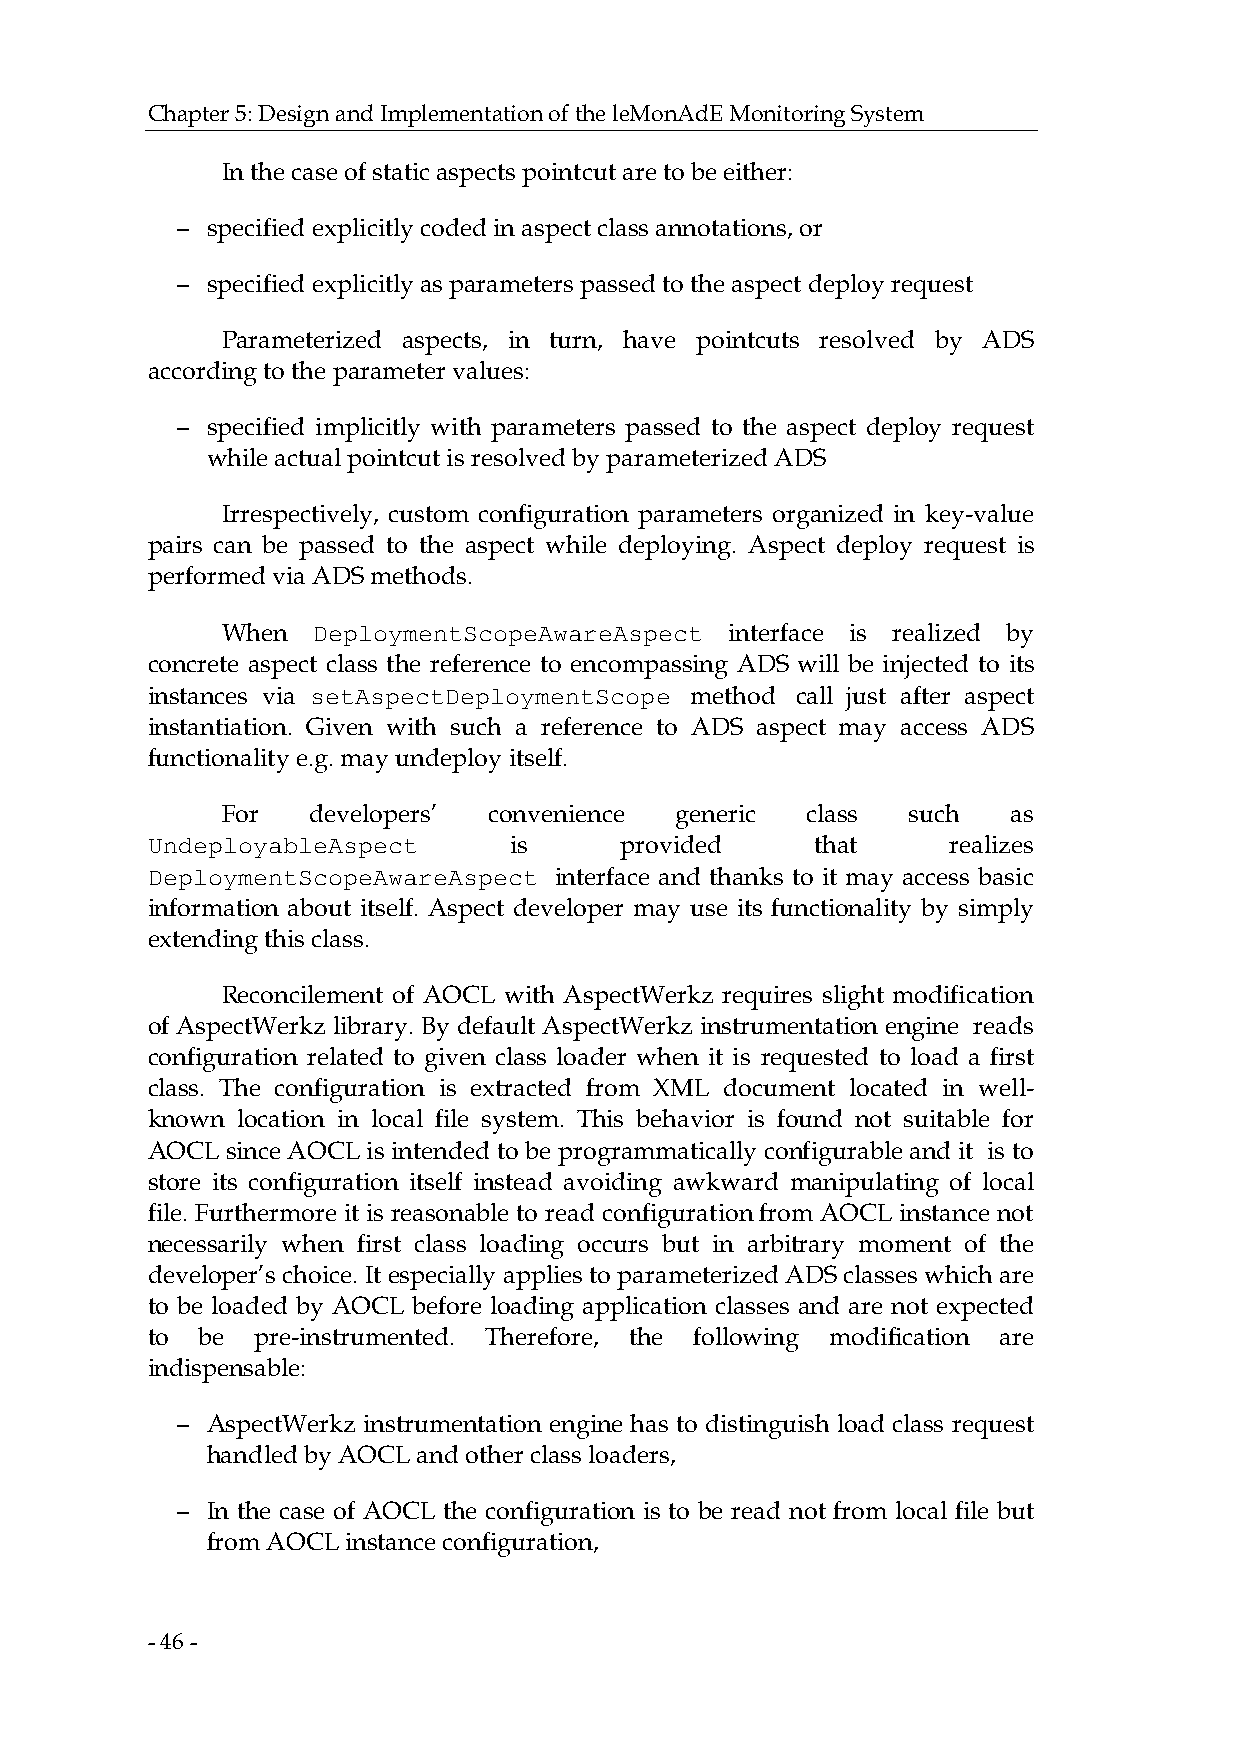
Chapter 5: Design and Implementation of the leMonAdE Monitoring System
 In the case of static aspects pointcut are to be either:
 − specified explicitly coded in aspect class annotations, or
 − specified explicitly as parameters passed to the aspect deploy request
 Parameterized aspects, in turn, have pointcuts resolved by ADS
 according to the parameter values:
 − specified implicitly with parameters passed to the aspect deploy request
 while actual pointcut is resolved by parameterized ADS
 Irrespectively, custom configuration parameters organized in key-value
 pairs can be passed to the aspect while deploying. Aspect deploy request is
 performed via ADS methods.
 When  DeploymentScopeAwareAspect interface is realized by
 concrete aspect class the reference to encompassing ADS will be injected to its
 instances via setAspectDeploymentScope method call just after aspect
 instantiation. Given with such a reference to ADS aspect may access ADS
 functionality e.g. may undeploy itself.
 For  developers’ convenience  generic class  such   as
 UndeployableAspect      is     provided     that     realizes
 DeploymentScopeAwareAspect interface and thanks to it may access basic
 information about itself. Aspect developer may use its functionality by simply
 extending this class.
 Reconcilement of AOCL with AspectWerkz requires slight modification
 of AspectWerkz library. By default AspectWerkz instrumentation engine reads
 configuration related to given class loader when it is requested to load a first
 class. The configuration is extracted from XML document located in well-
 known location in local file system. This behavior is found not suitable for
 AOCL since AOCL is intended to be programmatically configurable and it is to
 store its configuration itself instead avoiding awkward manipulating of local
 file. Furthermore it is reasonable to read configuration from AOCL instance not
 necessarily when first class loading occurs but in arbitrary moment of the
 developer’s choice. It especially applies to parameterized ADS classes which are
 to be loaded by AOCL before loading application classes and are not expected
 to be  pre-instrumented. Therefore, the following modification are
 indispensable:
 − AspectWerkz instrumentation engine has to distinguish load class request
 handled by AOCL and other class loaders,
 − In the case of AOCL the configuration is to be read not from local file but
 from AOCL instance configuration,
 - 46 -